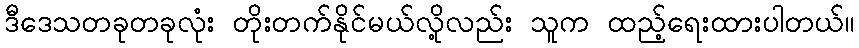
ဒီဒေသတခုတခုလုံး တိုးတက်နိုင်မယ်လို့လည်း သူက ထည့်ရေးထားပါတယ်။